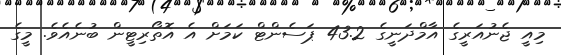
މިއީ ޖެނުއަރީގެ އާމްދަނީގެ 43.2 ޕަސެންޓް ކަމަށް އެ އޮތޯރިޓީން ބުނެއެވެ. މީގެ